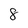
Character: 8